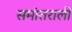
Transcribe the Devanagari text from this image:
समांतराली